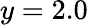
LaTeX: y=2.0